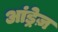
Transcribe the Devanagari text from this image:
आंड्रेज़